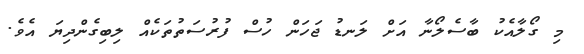
މި ގޯލާއެކު ބާސެލޯނާ އަށް ލަނޑު ޖަހަން ހުސް ފުރުސަތުތަކެއް ލިބިގެންދިޔަ އެވެ.